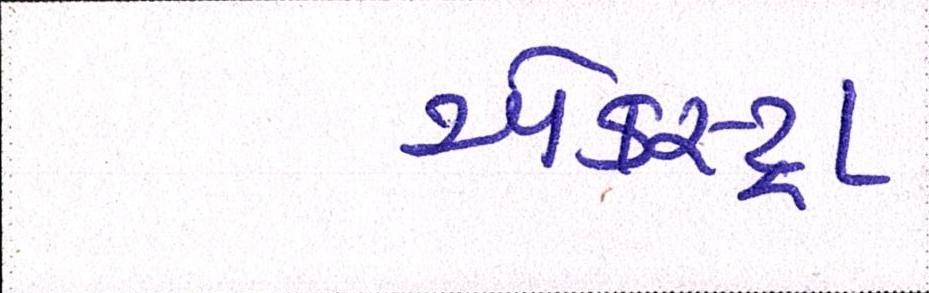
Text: એકસ્ટ્રા